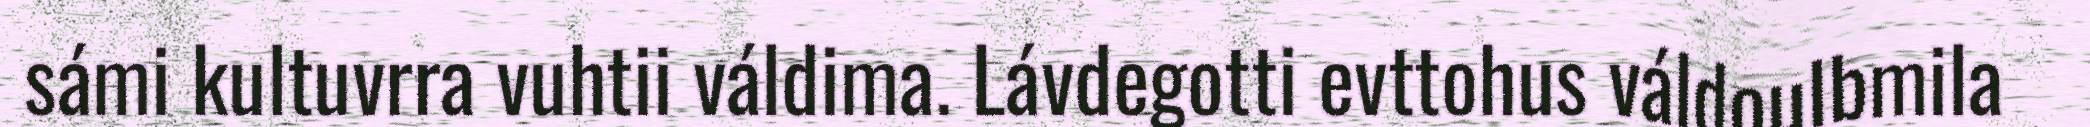
sámi kultuvrra vuhtii váldima. Lávdegotti evttohus váldoulbmila